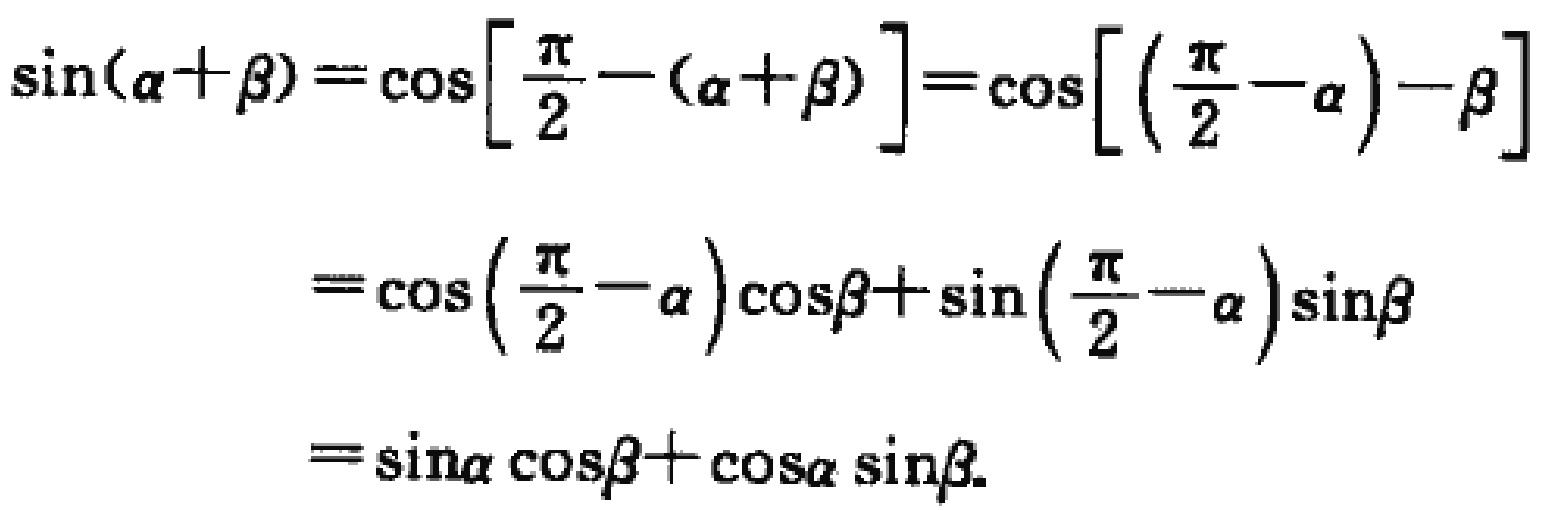
\(\sin(\alpha+\beta)=\cos\left[\frac{\pi}{2}-(\alpha + \beta)\right]=\cos\left[\left(\frac{\pi}{2}-\alpha\right)-\beta\right]\)

\(=\cos\left(\frac{\pi}{2}-\alpha\right)\cos\beta+\sin\left(\frac{\pi}{2}-\alpha\right)\sin\beta\)

\(=\sin\alpha\cos\beta+\cos\alpha\sin\beta\)